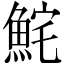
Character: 𩶱